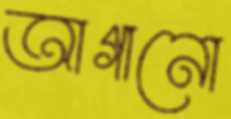
আগানো